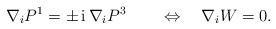
\begin{align*}\nabla_i P^1 = \pm \, {\rm i}\, \nabla_i P^3 \qquad \Leftrightarrow \quad \nabla_i W = 0.\end{align*}